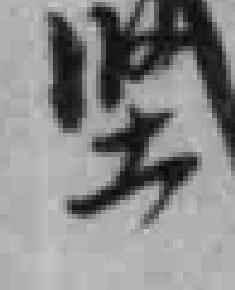
坚